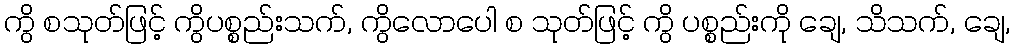
ကွိ စသုတ်ဖြင့် ကွိပစ္စည်းသက်, ကွိလောပေါ စ သုတ်ဖြင့် ကွိ ပစ္စည်းကို ချေ, သိသက်, ချေ,